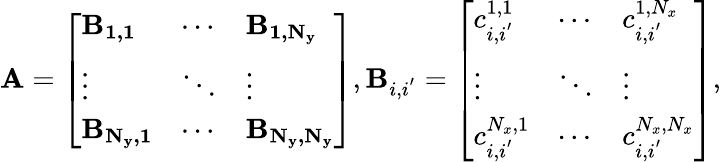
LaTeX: \mathbf{A}=\left[\begin{array}{lll}{\mathbf{B_{1,1}}}&{\cdots}&{\mathbf{B_{1,N_{y}}}}\\ {\vdots}&{\ddots}&{\vdots}\\ {\mathbf{B_{N_{y},1}}}&{\cdots}&{\mathbf{B_{N_{y},N_{y}}}}\end{array}\right],\mathbf{B}_{i,i^{'}}=\left[\begin{array}{lll}{c_{i,i^{'}}^{1,1}}&{\cdots}&{c_{i,i^{'}}^{1,N_{x}}}\\ {\vdots}&{\ddots}&{\vdots}\\ {c_{i,i^{'}}^{N_{x},1}}&{\cdots}&{c_{i,i^{'}}^{N_{x},N_{x}}}\end{array}\right],